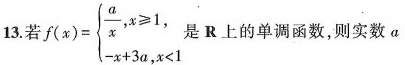
13.若 $$ f ( x ) = \begin { cases }